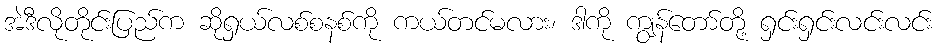
အဲဒီလိုတိုင်းပြည်က ဆိုရှယ်လစ်စနစ်ကို ကယ်တင်မလား၊ ဒါကို ကျွန်တော်တို့ ရှင်းရှင်းလင်းလင်း